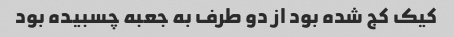
کیک کج شده بود از دو طرف به جعبه چسبیده بود